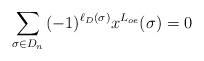
LaTeX: \begin{align*}\sum_{\sigma\in D_n}{(-1)^{\ell_D (\sigma)}x^{L_{oe}}(\sigma) } = 0\end{align*}